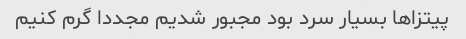
پیتزاها بسیار سرد بود مجبور شدیم مجددا گرم کنیم